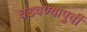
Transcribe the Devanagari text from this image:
घडवण्यापुर्वी